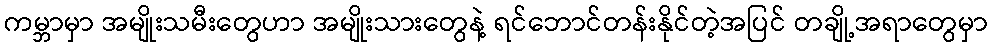
ကမ္ဘာမှာ အမျိုးသမီးတွေဟာ အမျိုးသားတွေနဲ့ ရင်ဘောင်တန်းနိုင်တဲ့အပြင် တချို့အရာတွေမှာ